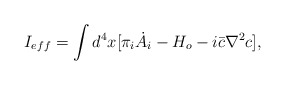
\begin{align*}I_{eff} = \int d^4 x [\pi_i \dot{A_{i}} - H_o - i\bar{c}\nabla^{2}c],\end{align*}